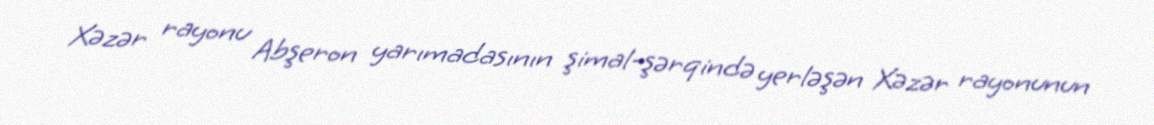
Xəzər rayonu Abşeron yarımadasının şimal-şərqində yerləşən Xəzər rayonunun